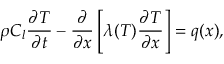
\rho C _ { l } \frac { \partial T } { \partial t } - \frac { \partial } { \partial x } \left[ \lambda ( T ) \frac { \partial T } { \partial x } \right] = q ( x ) ,